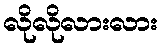
လိုလိုလားလား